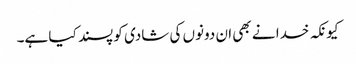
کیونکہ خدا نے بھی ان دونوں کی شادی کو پسند کیا ہے۔